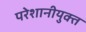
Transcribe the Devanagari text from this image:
परेशानीयुक्त